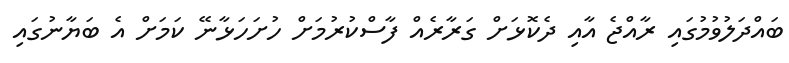
ބައްދަލުވުމުގައި ރާއްޖެ އާއި ދެކޮޅަށް ގަރާރެއް ފާސްކުރުމަށް ހުށަހަޅާނޭ ކަމަށް އެ ބަޔާނުގައި